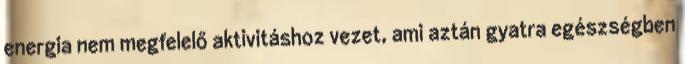
energia nem megfelelő aktivitáshoz vezet, ami aztán gyatra egészségben